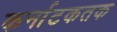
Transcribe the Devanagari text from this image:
कर्नाटकतक